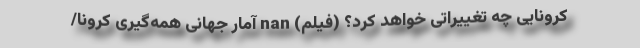
کرونایی چه تغییراتی خواهد کرد؟ (فیلم) nan آمار جهانی همه‌گیری کرونا/